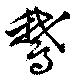
鵞